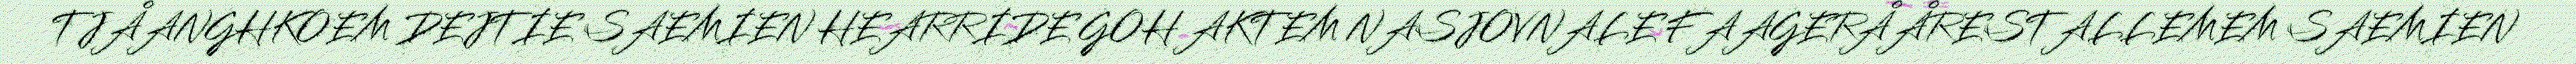
TJÅANGHKOEM DEJTIE SAEMIEN HEARRIDE GOH AKTEM NASJOVNALE FAAGERÅÅRESTALLEMEM SAEMIEN